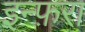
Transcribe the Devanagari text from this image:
इन्फ़रा